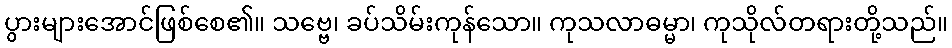
ပွားများအောင်ဖြစ်စေ၏။ သဗ္ဗေ၊ ခပ်သိမ်းကုန်သော။ ကုသလာဓမ္မာ၊ ကုသိုလ်တရားတို့သည်။